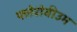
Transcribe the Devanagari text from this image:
फ्लेरोवीउम